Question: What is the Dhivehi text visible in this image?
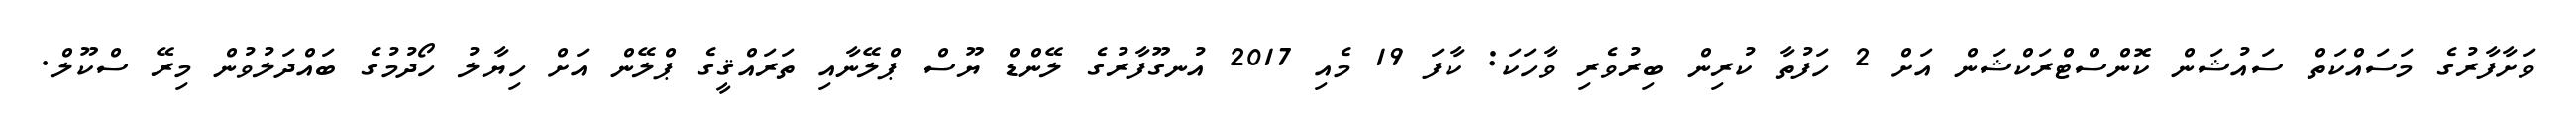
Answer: ވަށާފާރުގެ މަސައްކަތް ސައުޝަން ކޮންސްޓްރަކްޝަން އަށް 2 ހަފުތާ ކުރިން ބިރުވެރި ވާހަކަ: ކާފަ 19 މެއި 2017 އުނގޫފާރުގެ ލޭންޑް ޔޫސް ޕްލޭނާއި ތަރައްޤީގެ ޕްލޭން އަށް ހިޔާލު ހޯދުމުގެ ބައްދަލުވުން މިރޭ ސްކޫލް.